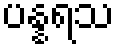
ပန္နရသ